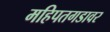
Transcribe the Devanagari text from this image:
महिपतगडावर